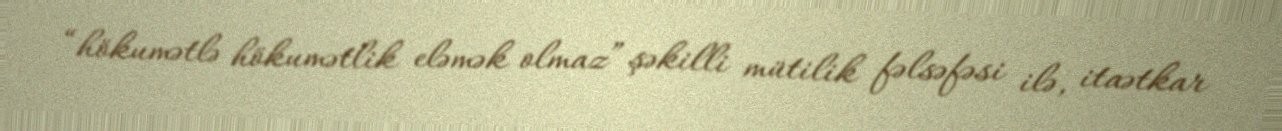
“hökumətlə hökumətlik eləmək olmaz” şəkilli mütilik fəlsəfəsi ilə, itaətkar